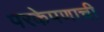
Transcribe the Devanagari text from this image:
परकेपणाची